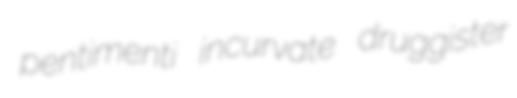
pentimenti incurvate druggister